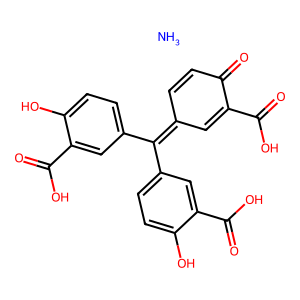
SMILES: N.O=C(O)C1=CC(=C(c2ccc(O)c(C(=O)O)c2)c2ccc(O)c(C(=O)O)c2)C=CC1=O
Inhibits HIV replication: No